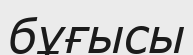
бұғысы